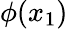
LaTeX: \phi(x_{1})